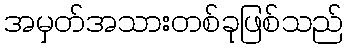
အမှတ်အသားတစ်ခုဖြစ်သည်